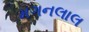
મગનલાલ